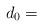
LaTeX: \begin{align*}d_0 = \end{align*}